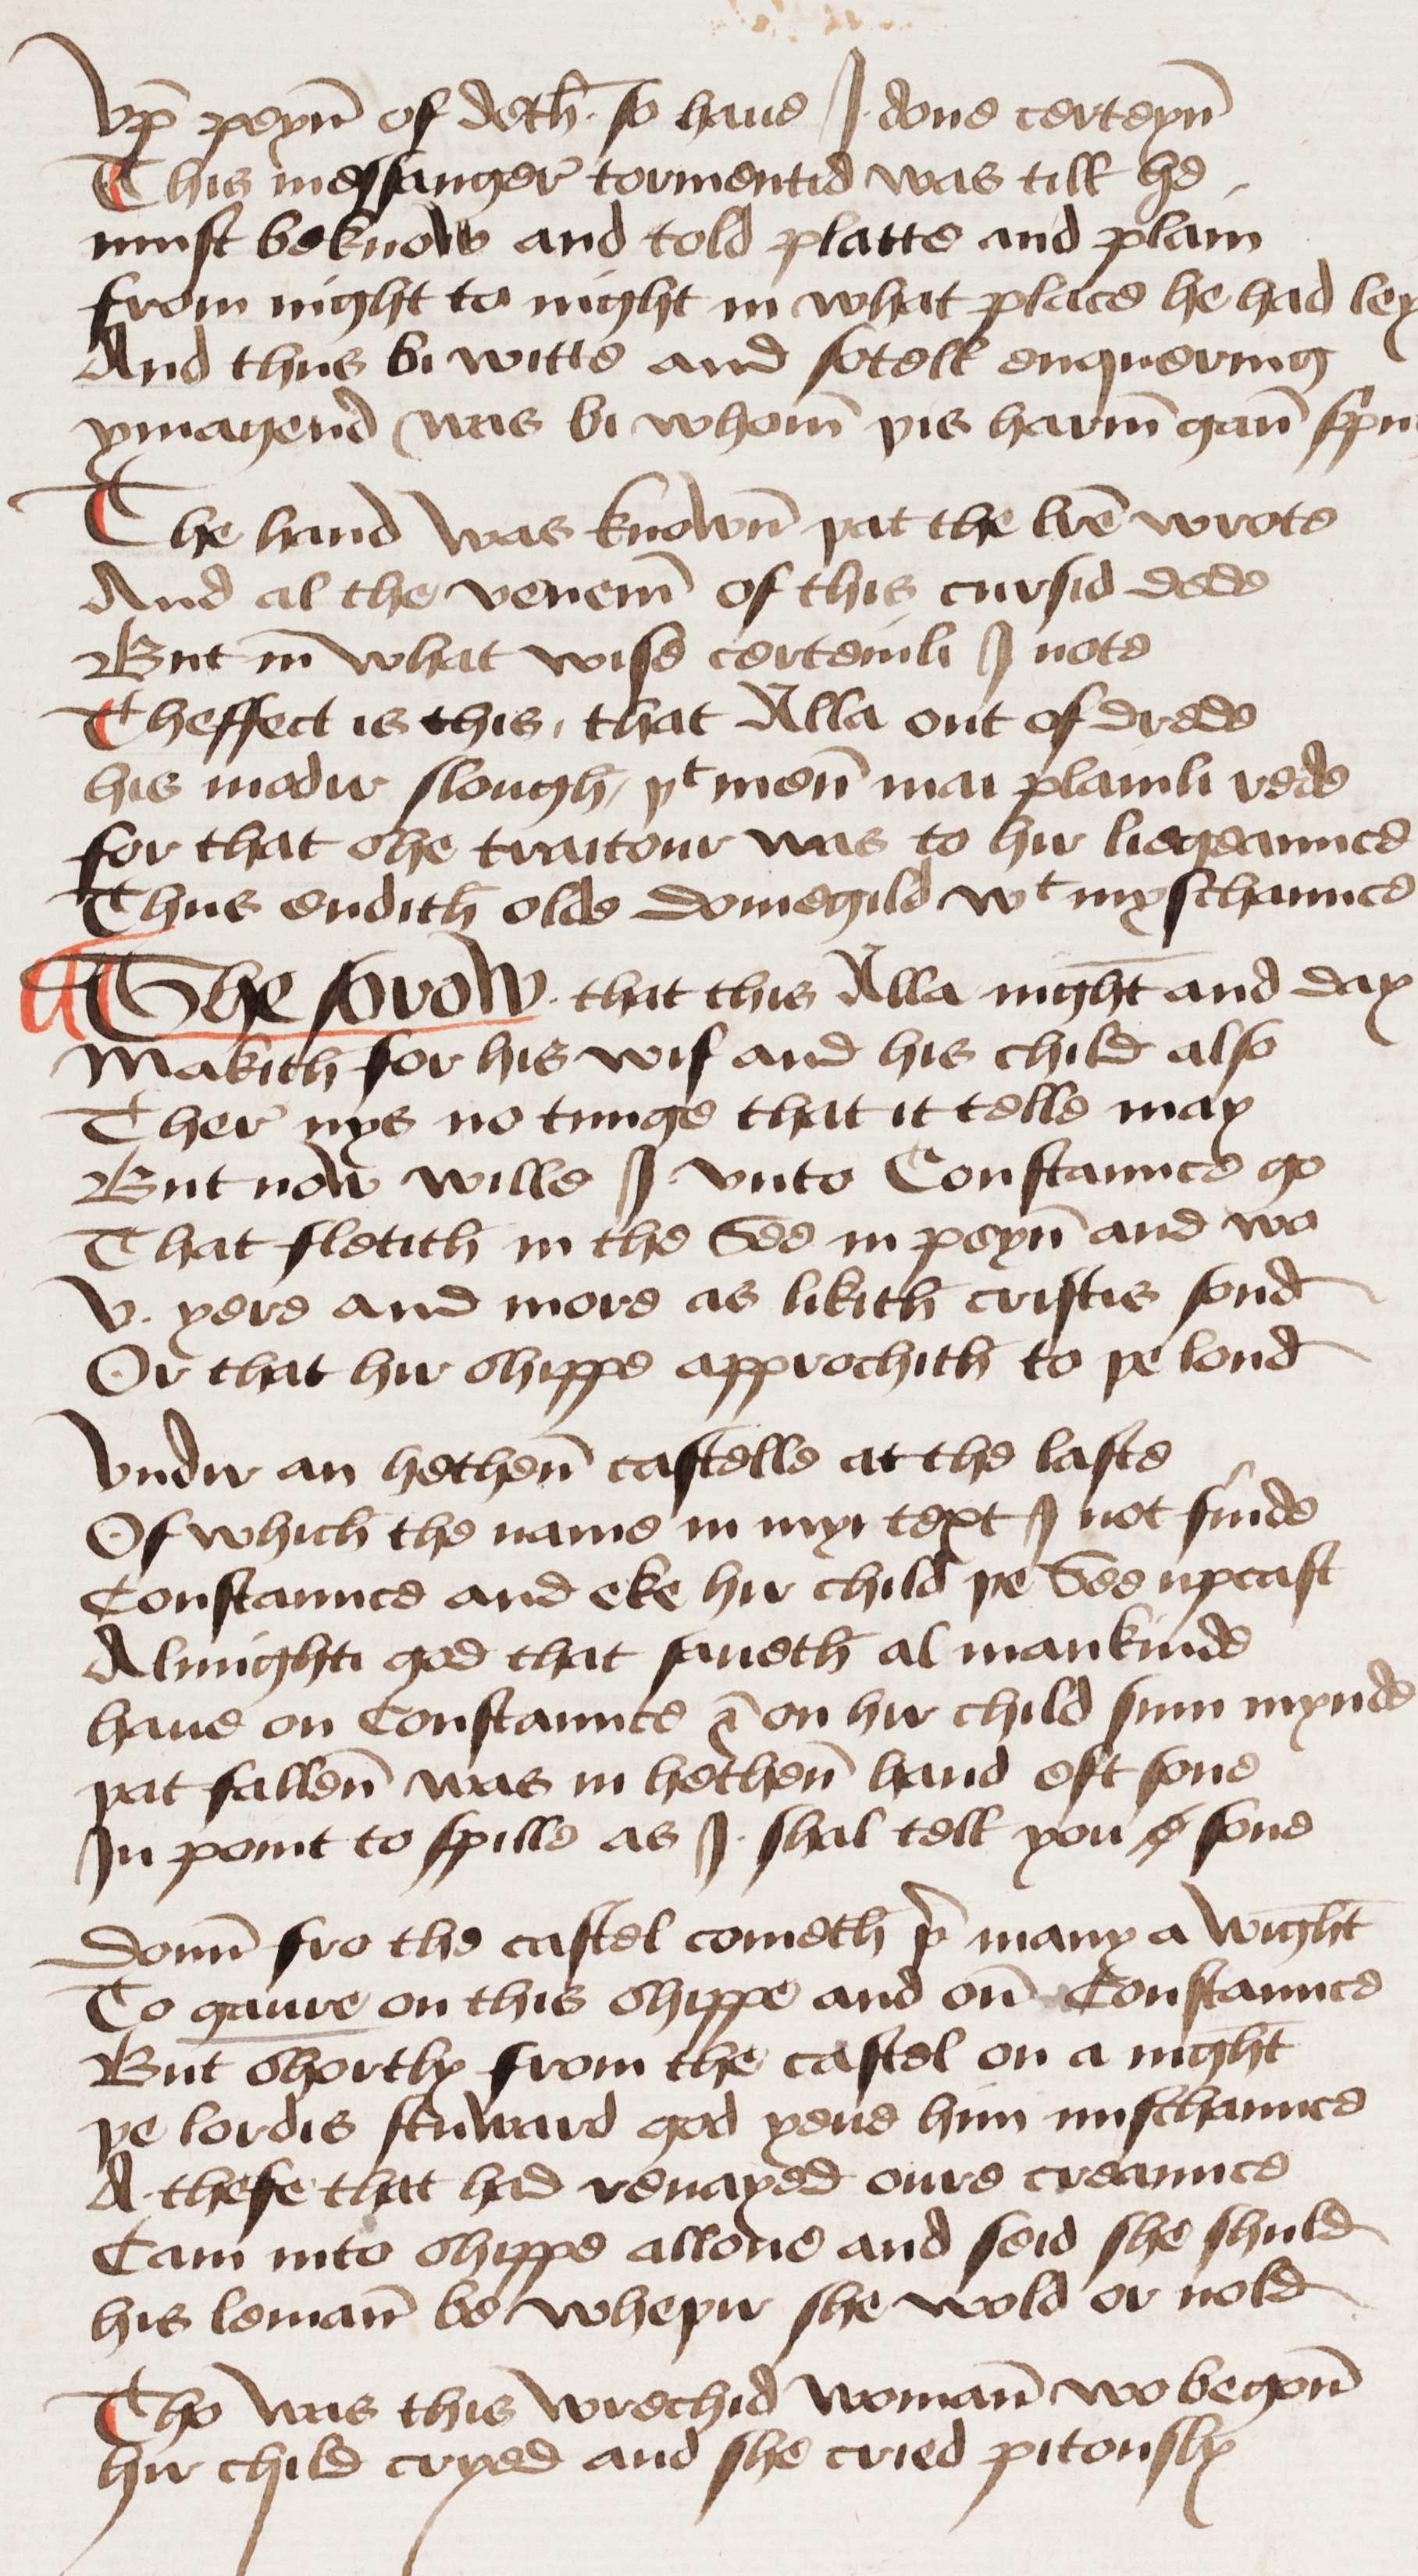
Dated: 1460–1499